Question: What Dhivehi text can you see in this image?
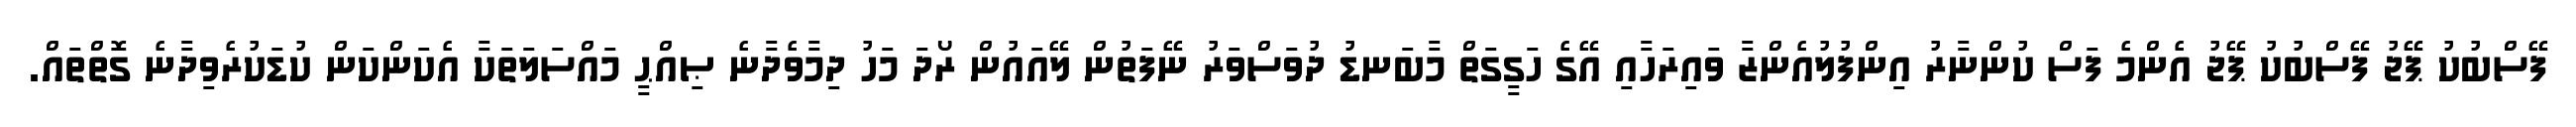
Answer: ފޭސްބުކު ޕޭޖު ފޭސްބުކު ޕޭޖު އެންމެ ފަސް ކުންނާރު އިންފުލުއެންޒާ ވައިރަހާއި އޭގެ ހަގީގަތް މާބަނޑު ދުވަސްވަރު ނޭފަތުން ލޭއައުން ރޯދަ މަހު ދިމާވެދާނެ ޞިއްޙީ މައްސަލަތަކާ އެކަންކަން ކުޑަކުރެވިދާނެ ގޮތްތައް.